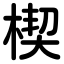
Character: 楔